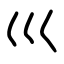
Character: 巛